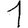
Digit: 1